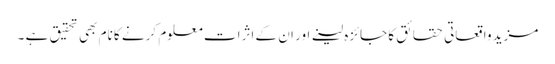
مزید واقعاتی حقائق کا جائزہ لینے اور ان کے اثرات معلوم کرنے کا نام بھی تحقیق ہے ۔